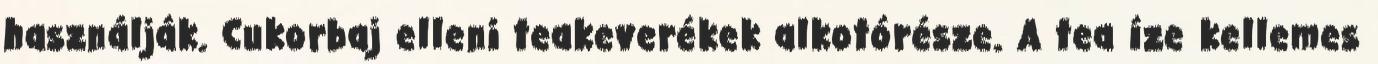
használják. Cukorbaj elleni teakeverékek alkotórésze. A tea íze kellemes